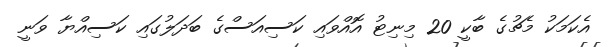
އެކަމަކު މެޗުގެ ބާކީ 20 މިނިޓު އޮއްވައި ކަސިއަސްގެ ބަދަލުގައި ކަސިއްޔާ ވަނީ